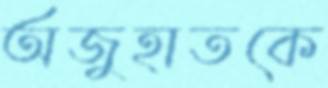
অজুহাতকে